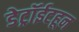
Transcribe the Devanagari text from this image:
डेट्रॉईटहून